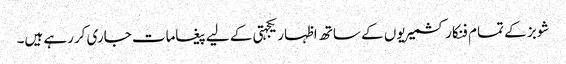
شوبز کے تمام فنکار کشمیریوں کے ساتھ اظہار یکجہتی کے لیے پیغامات جاری کررہے ہیں۔